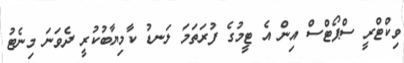
ވިކްޓްރީ ސްޕޯޓްސް އިން އެ ޓީމުގެ ފުރަތަމަ ލަނޑު ކާމިޔާބުކުރީ ދެވަނަ މިނެޓު